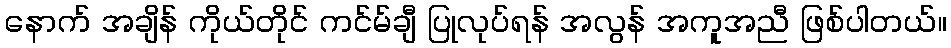
နောက် အချိန် ကိုယ်တိုင် ကင်မ်ချီ ပြုလုပ်ရန် အလွန် အကူအညီ ဖြစ်ပါတယ်။